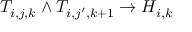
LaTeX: T _ { i , j , k } \land T _ { i , j ^ { \prime } , k + 1 } \rightarrow H _ { i , k }